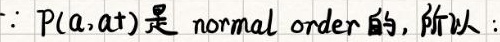
$\because P(a,at)$是 normal order 的, 所以: